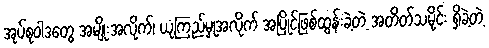
အုပ်စုဝါဒတွေ အမျိုးအလိုက်၊ ယုံကြည်မှုအလိုက် အပြိုင်ဖြစ်ထွန်းခဲ့တဲ့ အတိတ်သမိုင်း ရှိခဲ့တဲ့